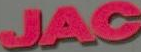
JAC